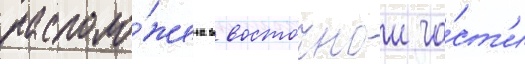
располо́жена в восточнои ча́ст'и